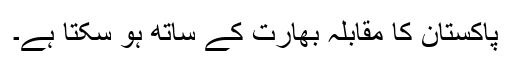
پاکستان کا مقابلہ بھارت کے ساتھ ہو سکتا ہے۔